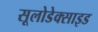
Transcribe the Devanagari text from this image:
सूलोडेक्साइड